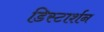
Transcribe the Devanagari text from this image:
डिस्टार्शन